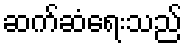
ဆက်ဆံရေးသည်